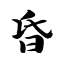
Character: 昏